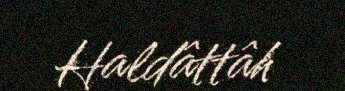
Haldâttâh